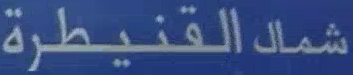
شماك القنيطرة